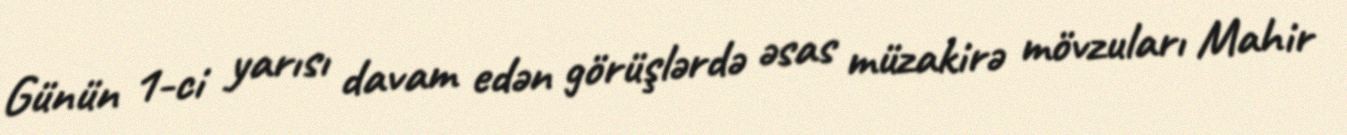
Günün 1-ci yarısı davam edən görüşlərdə əsas müzakirə mövzuları Mahir